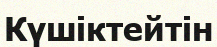
Күшіктейтін